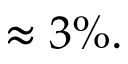
\approx 3 \% .